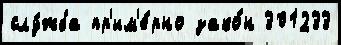
слу́жба пр'им'е́рно зако́н 301233